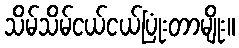
သိမ်သိမ်ငယ်ငယ်ပြုံးတာမျိုး။